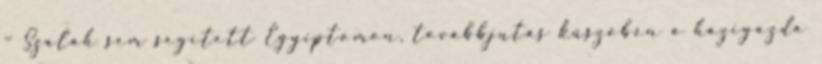
– Szalah sem segített Egyiptomon, továbbjutás küszöbén a házigazda